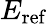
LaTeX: E_{\mathrm{ref}}